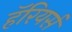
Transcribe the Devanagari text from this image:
हॅरियर्स